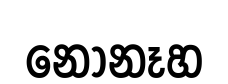
නොනෑහ